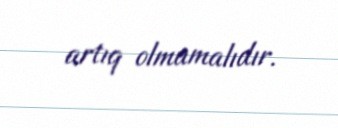
artıq olmamalıdır.